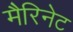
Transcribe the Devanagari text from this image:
मैरिनेट